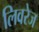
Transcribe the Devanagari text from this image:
लिवरेज